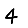
Digit: 4